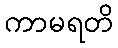
ကာမရတိ